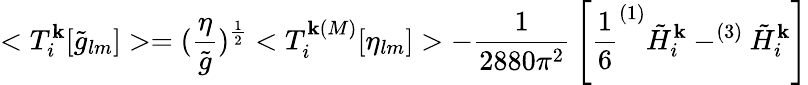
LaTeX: <T_{i}^{\mathbf{k}}[\tilde{{g}}_{lm}]>=(\frac{{\eta}}{{\tilde{{g}}}})^{\frac{{1}}{{2}}}<T_{i}^{\mathbf{k}(M)}[\eta_{lm}]>-{\frac{{1}}{{2880\pi^{2}}}}\left[{\frac{{1}}{{6}}}^{(1)}\tilde{{H}}_{i}^{\mathbf{k}}-^{(3)}\tilde{{H}}_{i}^{\mathbf{k}}\right]